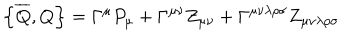
LaTeX: \left\{ \overline { { { Q } } } , Q \right\} = \Gamma ^ { \mu } P _ { \mu } + \Gamma ^ { \mu \nu } Z _ { \mu \upsilon } + \Gamma ^ { \mu \nu \lambda \rho \sigma } Z _ { \mu \nu \lambda \rho \sigma }